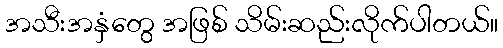
အသီးအနှံတွေ အဖြစ် သိမ်းဆည်းလိုက်ပါတယ်။